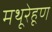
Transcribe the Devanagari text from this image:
मथूरेहूण